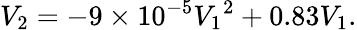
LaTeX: V_{2}=-9\times 10^{-5}{V_{1}}^{2}+0.83V_{1}.